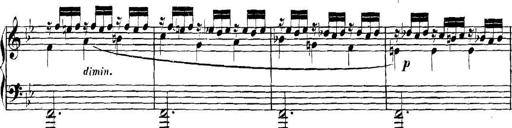
Title: Collected Piano Sonatas
Composer: Muzio Clementi